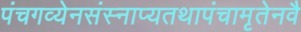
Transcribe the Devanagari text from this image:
पंचगव्येनसंस्नाप्यतथापंचामृतेनवै